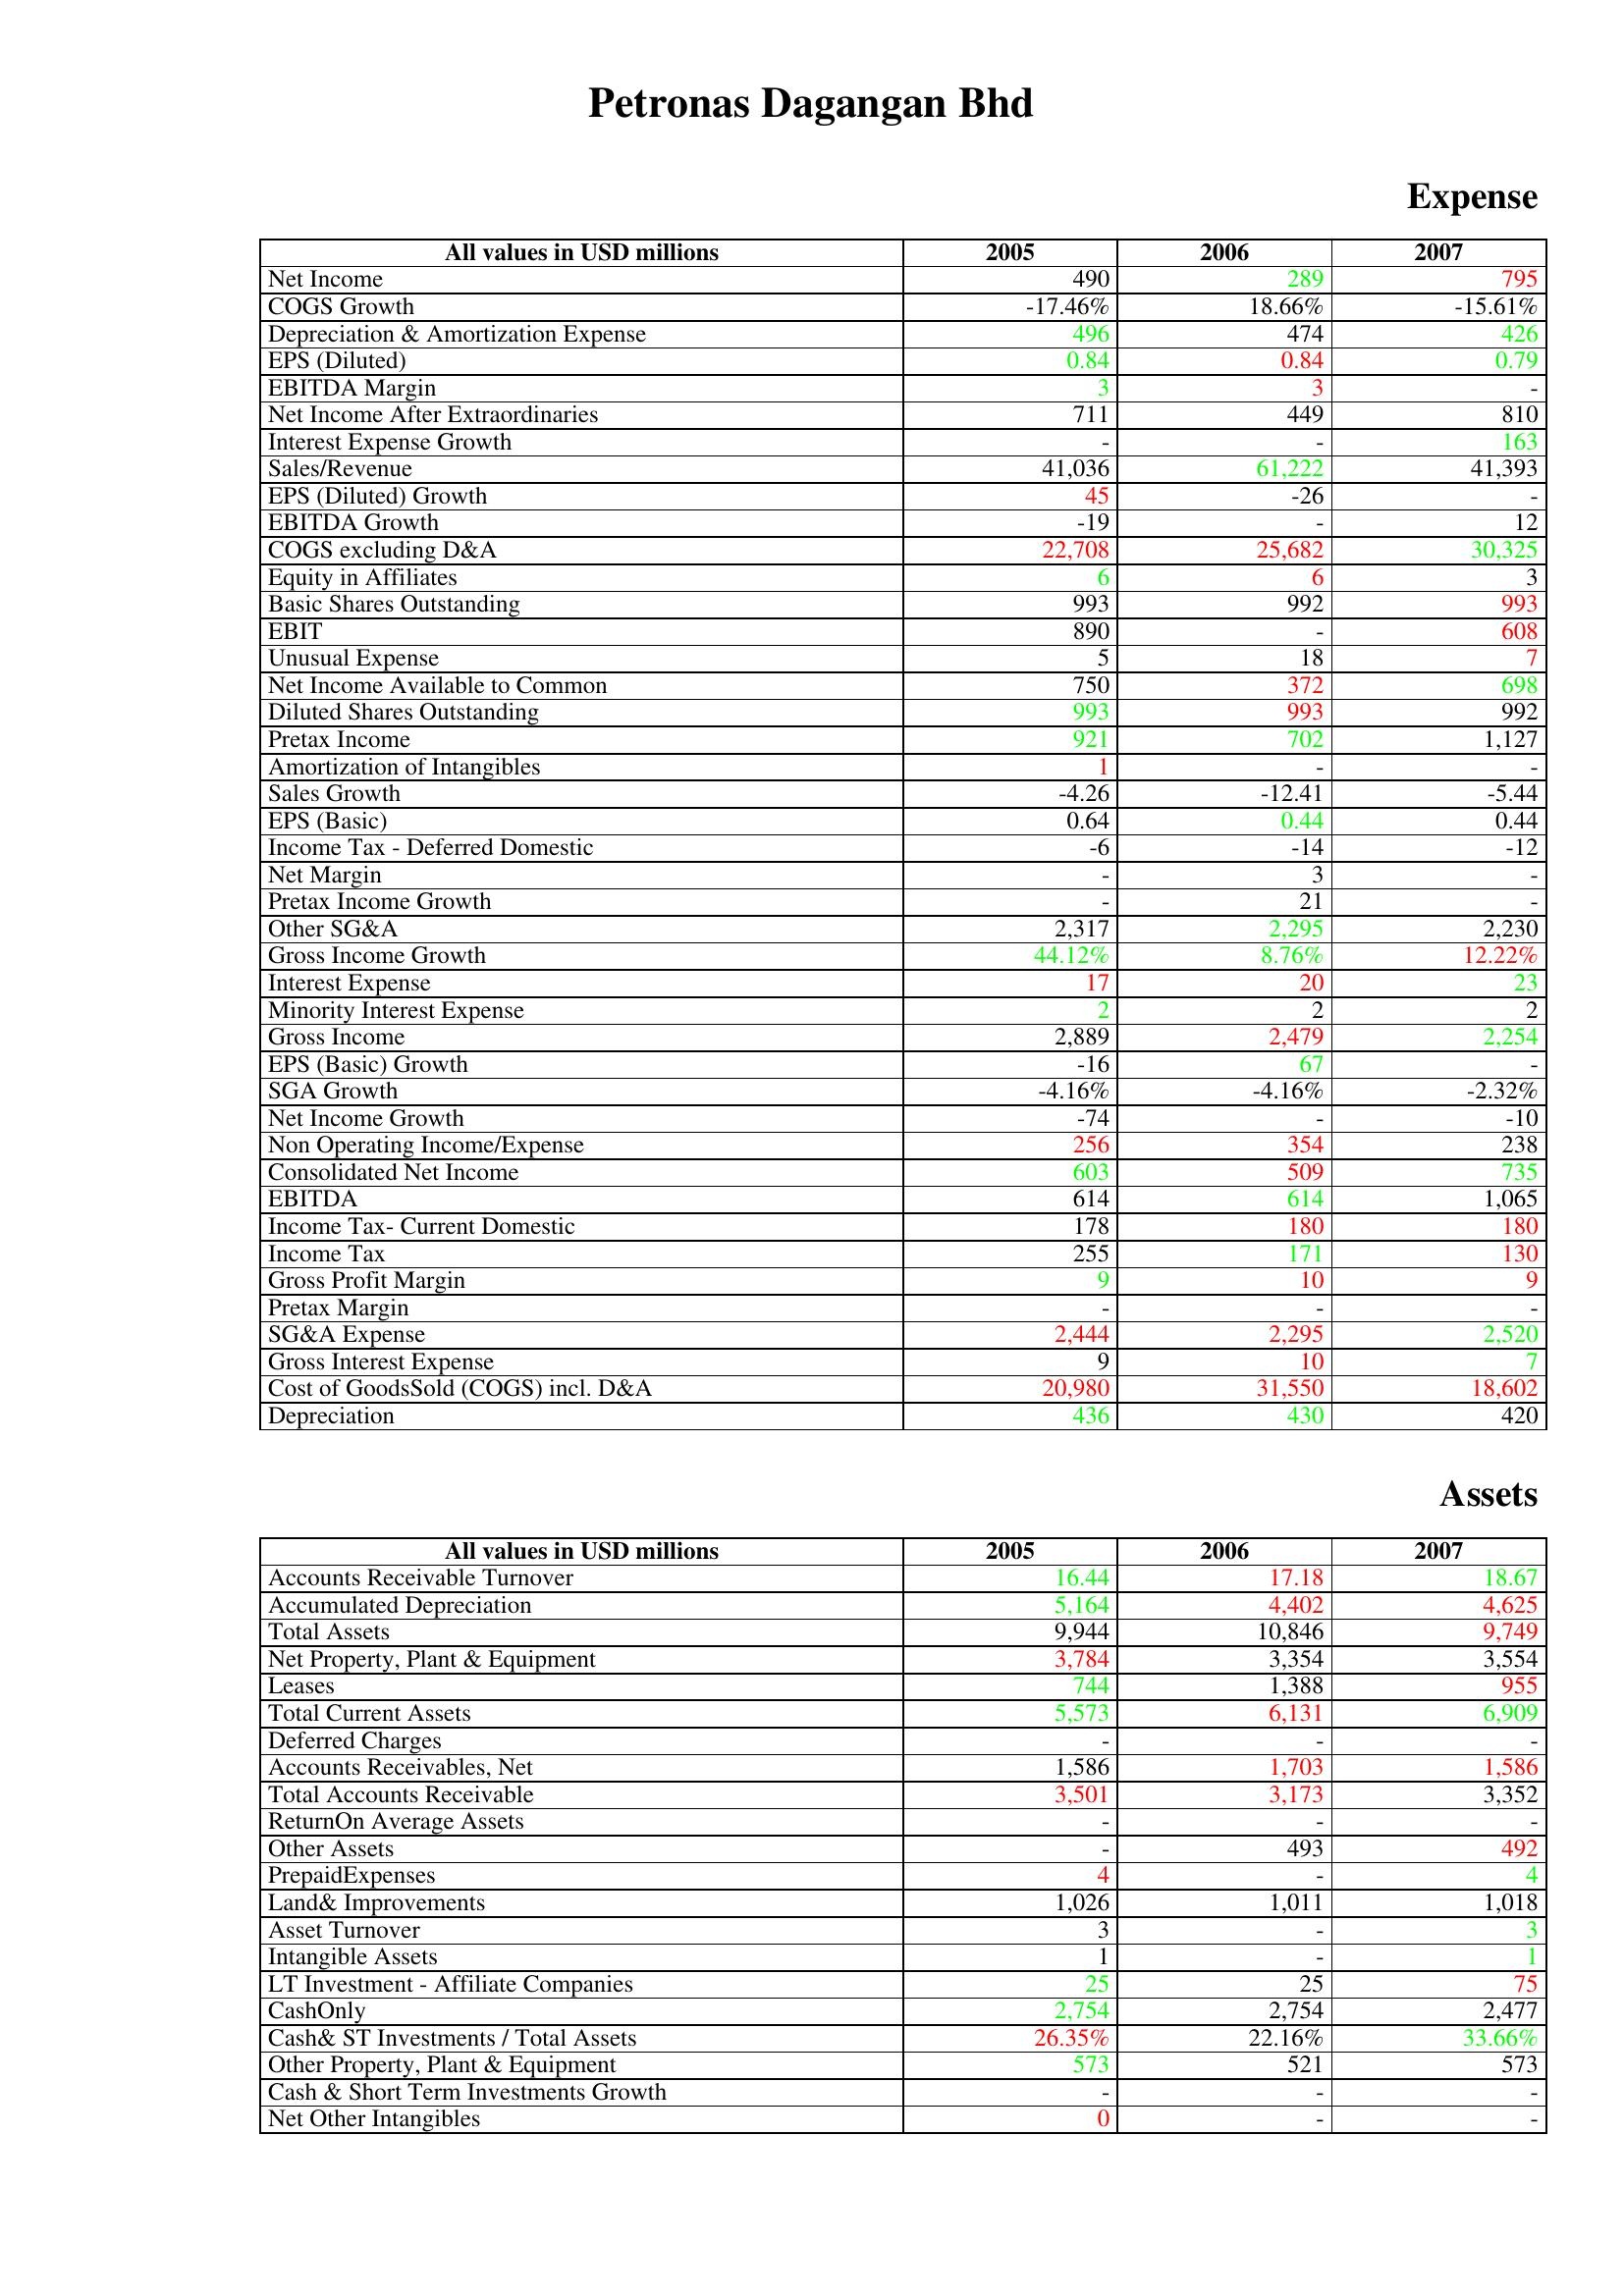
gt_parse: 2005: Expense: Net Income: 490
COGS Growth: -17.46%
Depreciation & Amortization Expense: 496
EPS (Diluted): 0.84
EBITDA Margin: 3
Net Income After Extraordinaries: 711
Interest Expense Growth: -
Sales/Revenue: 41,036
EPS (Diluted) Growth: 45
EBITDA Growth: -19
COGS excluding D&A: 22,708
Equity in Affiliates: 6
Basic Shares Outstanding: 993
EBIT: 890
Unusual Expense: 5
Net Income Available to Common: 750
Diluted Shares Outstanding: 993
Pretax Income: 921
Amortization of Intangibles: 1
Sales Growth: -4.26
EPS (Basic): 0.64
Income Tax - Deferred Domestic: -6
Net Margin: -
Pretax Income Growth: -
Other SG&A: 2,317
Gross Income Growth: 44.12%
Interest Expense: 17
Minority Interest Expense: 2
Gross Income: 2,889
EPS (Basic) Growth: -16
SGA Growth: -4.16%
Net Income Growth: -74
Non Operating Income/Expense: 256
Consolidated Net Income: 603
EBITDA: 614
Income Tax- Current Domestic: 178
Income Tax: 255
Gross Profit Margin: 9
Pretax Margin: -
SG&A Expense: 2,444
Gross Interest Expense: 9
Cost of GoodsSold (COGS) incl. D&A: 20,980
Depreciation: 436
Assets: Accounts Receivable Turnover: 16.44
Accumulated Depreciation: 5,164
Total Assets: 9,944
Net Property, Plant & Equipment: 3,784
Leases: 744
Total Current Assets: 5,573
Deferred Charges: -
Accounts Receivables, Net: 1,586
Total Accounts Receivable: 3,501
ReturnOn Average Assets: -
Other Assets: -
PrepaidExpenses: 4
Land& Improvements: 1,026
Asset Turnover: 3
Intangible Assets: 1
LT Investment - Affiliate Companies: 25
CashOnly: 2,754
Cash& ST Investments / Total Assets: 26.35%
Other Property, Plant & Equipment: 573
Cash & Short Term Investments Growth: -
Net Other Intangibles: 0
2006: Expense: Net Income: 289
COGS Growth: 18.66%
Depreciation & Amortization Expense: 474
EPS (Diluted): 0.84
EBITDA Margin: 3
Net Income After Extraordinaries: 449
Interest Expense Growth: -
Sales/Revenue: 61,222
EPS (Diluted) Growth: -26
EBITDA Growth: -
COGS excluding D&A: 25,682
Equity in Affiliates: 6
Basic Shares Outstanding: 992
EBIT: -
Unusual Expense: 18
Net Income Available to Common: 372
Diluted Shares Outstanding: 993
Pretax Income: 702
Amortization of Intangibles: -
Sales Growth: -12.41
EPS (Basic): 0.44
Income Tax - Deferred Domestic: -14
Net Margin: 3
Pretax Income Growth: 21
Other SG&A: 2,295
Gross Income Growth: 8.76%
Interest Expense: 20
Minority Interest Expense: 2
Gross Income: 2,479
EPS (Basic) Growth: 67
SGA Growth: -4.16%
Net Income Growth: -
Non Operating Income/Expense: 354
Consolidated Net Income: 509
EBITDA: 614
Income Tax- Current Domestic: 180
Income Tax: 171
Gross Profit Margin: 10
Pretax Margin: -
SG&A Expense: 2,295
Gross Interest Expense: 10
Cost of GoodsSold (COGS) incl. D&A: 31,550
Depreciation: 430
Assets: Accounts Receivable Turnover: 17.18
Accumulated Depreciation: 4,402
Total Assets: 10,846
Net Property, Plant & Equipment: 3,354
Leases: 1,388
Total Current Assets: 6,131
Deferred Charges: -
Accounts Receivables, Net: 1,703
Total Accounts Receivable: 3,173
ReturnOn Average Assets: -
Other Assets: 493
PrepaidExpenses: -
Land& Improvements: 1,011
Asset Turnover: -
Intangible Assets: -
LT Investment - Affiliate Companies: 25
CashOnly: 2,754
Cash& ST Investments / Total Assets: 22.16%
Other Property, Plant & Equipment: 521
Cash & Short Term Investments Growth: -
Net Other Intangibles: -
2007: Expense: Net Income: 795
COGS Growth: -15.61%
Depreciation & Amortization Expense: 426
EPS (Diluted): 0.79
EBITDA Margin: -
Net Income After Extraordinaries: 810
Interest Expense Growth: 163
Sales/Revenue: 41,393
EPS (Diluted) Growth: -
EBITDA Growth: 12
COGS excluding D&A: 30,325
Equity in Affiliates: 3
Basic Shares Outstanding: 993
EBIT: 608
Unusual Expense: 7
Net Income Available to Common: 698
Diluted Shares Outstanding: 992
Pretax Income: 1,127
Amortization of Intangibles: -
Sales Growth: -5.44
EPS (Basic): 0.44
Income Tax - Deferred Domestic: -12
Net Margin: -
Pretax Income Growth: -
Other SG&A: 2,230
Gross Income Growth: 12.22%
Interest Expense: 23
Minority Interest Expense: 2
Gross Income: 2,254
EPS (Basic) Growth: -
SGA Growth: -2.32%
Net Income Growth: -10
Non Operating Income/Expense: 238
Consolidated Net Income: 735
EBITDA: 1,065
Income Tax- Current Domestic: 180
Income Tax: 130
Gross Profit Margin: 9
Pretax Margin: -
SG&A Expense: 2,520
Gross Interest Expense: 7
Cost of GoodsSold (COGS) incl. D&A: 18,602
Depreciation: 420
Assets: Accounts Receivable Turnover: 18.67
Accumulated Depreciation: 4,625
Total Assets: 9,749
Net Property, Plant & Equipment: 3,554
Leases: 955
Total Current Assets: 6,909
Deferred Charges: -
Accounts Receivables, Net: 1,586
Total Accounts Receivable: 3,352
ReturnOn Average Assets: -
Other Assets: 492
PrepaidExpenses: 4
Land& Improvements: 1,018
Asset Turnover: 3
Intangible Assets: 1
LT Investment - Affiliate Companies: 75
CashOnly: 2,477
Cash& ST Investments / Total Assets: 33.66%
Other Property, Plant & Equipment: 573
Cash & Short Term Investments Growth: -
Net Other Intangibles: -